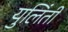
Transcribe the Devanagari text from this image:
युलिंती